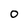
Character: 0